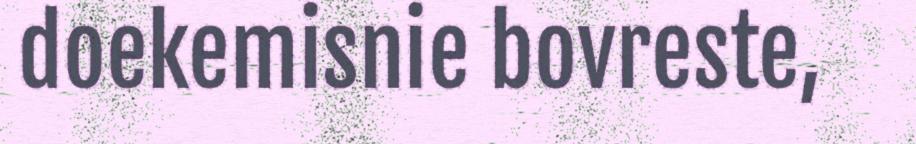
doekemisnie bovreste,